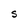
Character: S